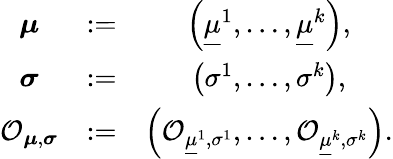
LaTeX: \begin{array}{ccc}{\boldsymbol{\mu}}&{:=}&{\left(\underline{{\mu}}^{1},\dots,\underline{{\mu}}^{k}\right),}\\ {\boldsymbol{\sigma}}&{:=}&{\left(\sigma^{1},\dots,\sigma^{k}\right),}\\ {\mathcal{O}_{\boldsymbol{\mu},\boldsymbol{\sigma}}}&{:=}&{\left(\mathcal{O}_{\underline{{\mu}}^{1},\sigma^{1}},\dots,\mathcal{O}_{\underline{{\mu}}^{k},\sigma^{k}}\right).}\end{array}